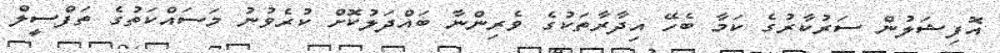
އޮފިޝަލުން ސަރުކާރުގެ ކަމާ ބެހޭ އިދާރާތަކުގެ ވެރިންނާ ބައްދަލުކޮށް ކުރެވުނު މަސައްކަތުގެ ތަފްސީލް